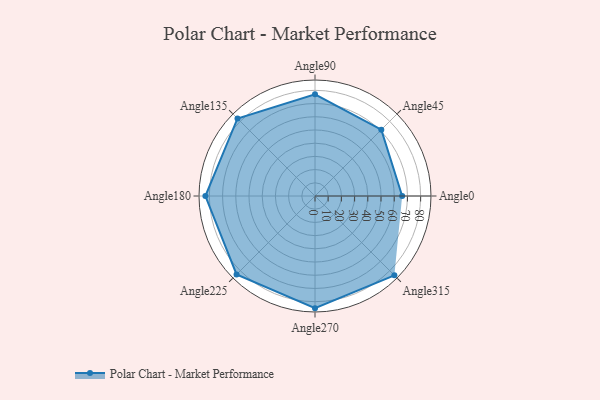
{"axis": {"x": "Angle", "y": "Radius"}, "legend": [""], "data": [{"x": "Angle0", "y": 66.0, "type": ""}, {"x": "Angle45", "y": 71.0, "type": ""}, {"x": "Angle90", "y": 77.0, "type": ""}, {"x": "Angle135", "y": 83.0, "type": ""}, {"x": "Angle180", "y": 83.0, "type": ""}, {"x": "Angle225", "y": 84.0, "type": ""}, {"x": "Angle270", "y": 85.0, "type": ""}, {"x": "Angle315", "y": 85.0, "type": ""}]}